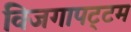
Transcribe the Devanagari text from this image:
विजगापट्‌टम